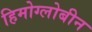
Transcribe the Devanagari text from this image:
हिमोग्लोबीन